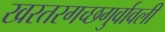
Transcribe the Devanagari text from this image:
खरतरगच्छगुर्वावली